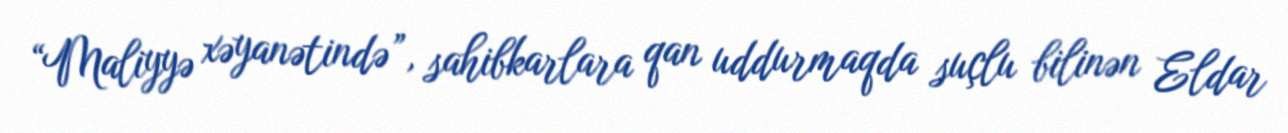
“Maliyyə xəyanətində”, sahibkarlara qan uddurmaqda suçlu bilinən Eldar